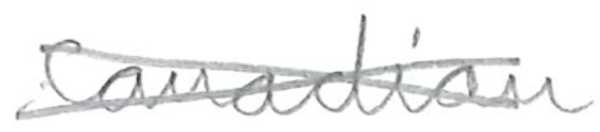
Text: Canadian
Cross-out: cross
Writing tool: pencil